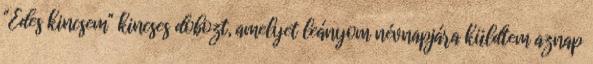
"Édes kincsem" kincses dobozt, amelyet leányom névnapjára küldtem aznap